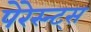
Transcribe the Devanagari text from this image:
पेरेस्न्ट्स